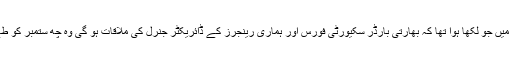
’اوفا‘ اعلامیے میں جو لکھا ہوا تھا کہ بھارتی بارڈر سکیورٹی فورس اور ہماری رینجرز کے ڈائریکٹر جنرل کی ملاقات ہو گی وہ چھ ستمبر کو طے ہو گئی ہے۔